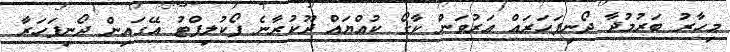
މިހާރު ބަރުމުދާ ދޯނިފަހަރައް އަރުވަން ކާގޯ ކުއްޔައް ދޫކުރާނެ ފޯކުލިފްޓު އޭގައިން ދޯނިފަހަރާ